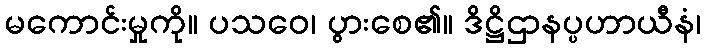
မကောင်းမှုကို။ ပသဝေ၊ ပွားစေ၏။ ဒိဋ္ဌိဌာနပ္ပဟာယီနံ၊